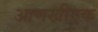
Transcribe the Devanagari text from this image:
आणखीएक